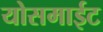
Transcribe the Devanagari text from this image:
योसमाईट